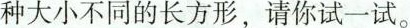
种大小不同的长方形，请你试一试。